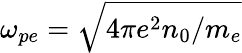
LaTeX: \omega_{pe}=\sqrt{4\pi e^{2}n_{0}/m_{e}}